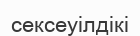
сексеуілдікі